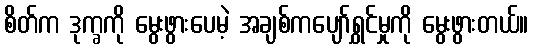
စိတ်က ဒုက္ခကို မွေးဖွားပေမဲ့ အချစ်ကပျော်ရွှင်မှုကို မွေးဖွားတယ်။